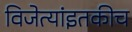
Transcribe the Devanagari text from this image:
विजेत्यांइतकीच